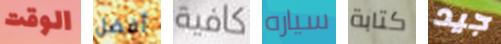
الوقت أفضل كافية سياره كتابة جيد